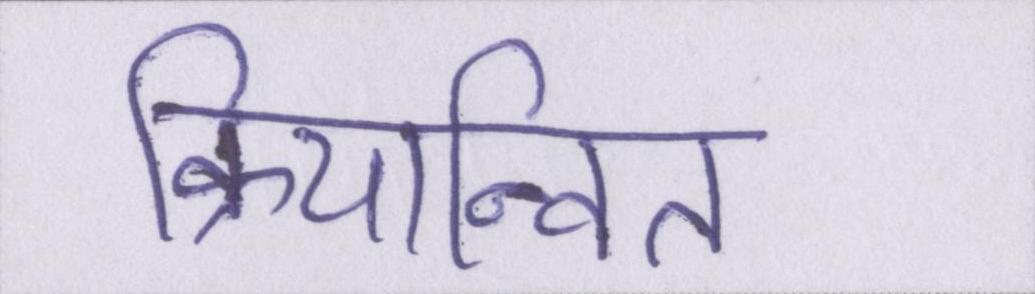
क्रियान्वित